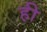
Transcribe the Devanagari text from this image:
ह़ी